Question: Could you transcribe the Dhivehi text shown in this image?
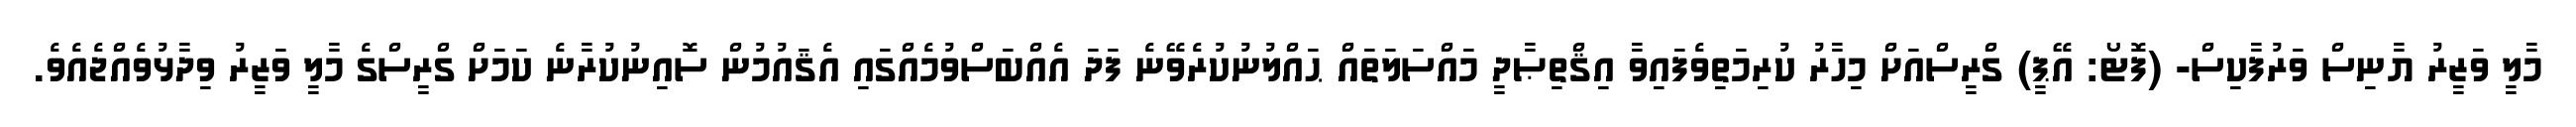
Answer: މާލީ ވަޒީރު ޔާނިސް ވަރުފާކިސް- (ފޮޓޯ: އޭޕީ) ގްރީސްއަށް މިހާރު ކުރިމަތިވެފައިވާ އިޤްތިޞާދީ މައްސަލަތައް ޙައްލުނުކުރެވޭނެ ފަދަ އެއްބަސްވުމެއްގައި އެޤައުމުން ސޮއިނުކުރާނެ ކަމަށް ގްރީސްގެ މާލީ ވަޒީރު ވިދާޅުވެއްޖެއެވެ.